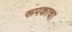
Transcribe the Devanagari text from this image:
रूपकाचा